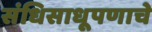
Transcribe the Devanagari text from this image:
संधिसाधूपणाचे